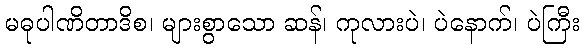
မဓုပါဏိတာဒိစ၊ များစွာသော ဆန်၊ ကုလားပဲ၊ ပဲနောက်၊ ပဲကြီး